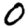
Digit: 0